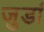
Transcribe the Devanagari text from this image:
जुडां